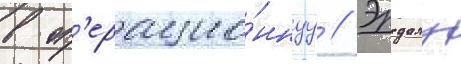
в оп'ерацио́ннуу // Эрдалу